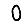
Digit: 0